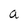
Character: a